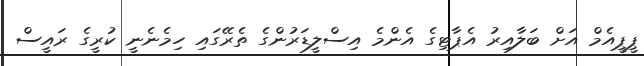
ޕީޕީއެމް އަށް ބަލާއިރު އެޕާޓިގެ އެންމެ އިސްލީޑަރުންގެ ތެރޭގައި ހިމެނެނީ ކުރީގެ ރައީސް